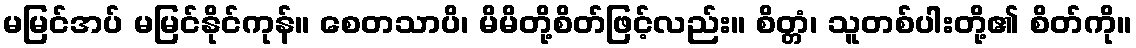
မမြင်အပ် မမြင်နိုင်ကုန်။ စေတသာပိ၊ မိမိတို့စိတ်ဖြင့်လည်း။ စိတ္တံ၊ သူတစ်ပါးတို့၏ စိတ်ကို။